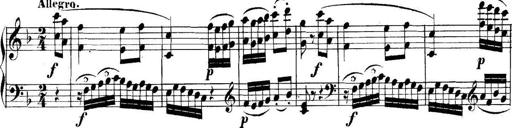
Title: Collected Piano Sonatas
Composer: Muzio Clementi